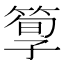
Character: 箰